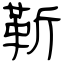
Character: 靳